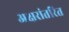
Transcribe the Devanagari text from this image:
अक्षरांतरित